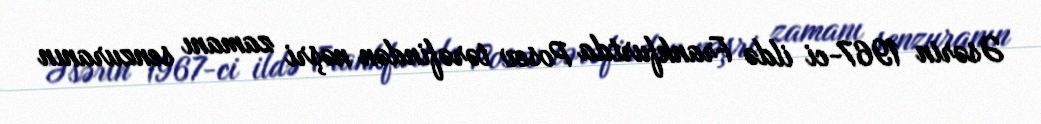
Əsərin 1967-ci ildə Frankfurtda Posev tərəfindən nəşri zamanı senzuranın